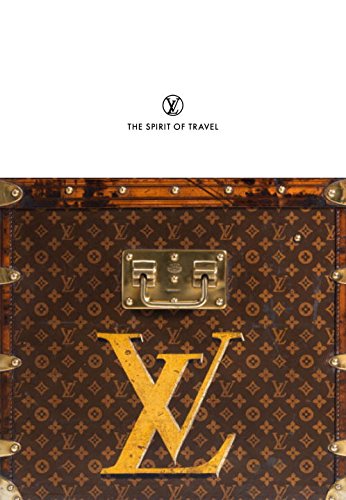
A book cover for Louis Vuitton: The Spirit of Travel; Patrick Mauries; Humor & Entertainment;